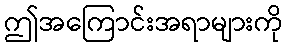
ဤအကြောင်းအရာများကို